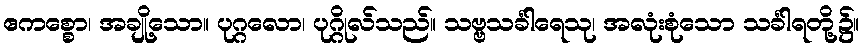
ဧကစ္စော၊ အချို့သော။ ပုဂ္ဂလော၊ ပုဂ္ဂိုလ်သည်။ သဗ္ဗသင်္ခါရေသု၊ အလုံးစုံသော သင်္ခါရတို့၌။